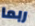
ربما